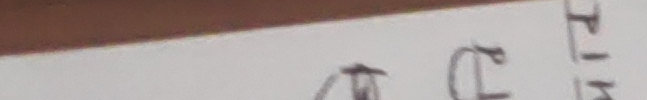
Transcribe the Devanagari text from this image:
भटफगशि